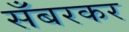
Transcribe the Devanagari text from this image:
सँबरकर